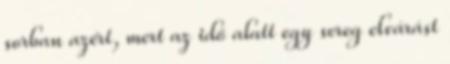
sorban azért, mert az idő alatt egy sereg elvárást